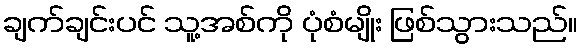
ချက်ချင်းပင် သူ့အစ်ကို ပုံစံမျိုး ဖြစ်သွားသည်။